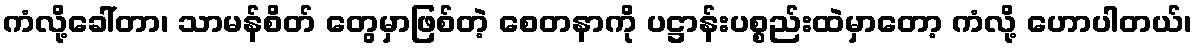
ကံလို့ခေါ်တာ၊ သာမန်စိတ် တွေမှာဖြစ်တဲ့ စေတနာကို ပဋ္ဌာန်းပစ္စည်းထဲမှာတော့ ကံလို့ ဟောပါတယ်၊